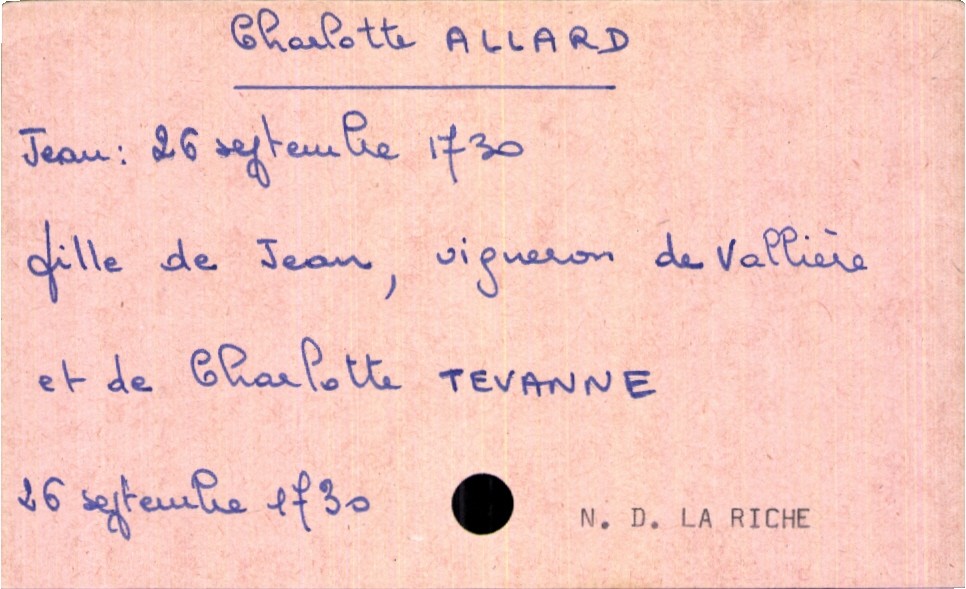
type_acte: Baptême
filiation: fils
enfant_prénom: Jean
enfant_date_de_naissance: 26 septembre 1730
enfant_lieu_de_naissance: Notre Dame La Riche
père_enfant_nom: Allard
père_enfant_prénom: Jean
père_enfant_profession: vigneron de Vallière
mère_enfant_nom: Tevanne
mère_enfant_prénom: Charlotte